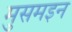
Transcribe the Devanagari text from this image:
मुसमइन